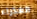
العذراء